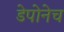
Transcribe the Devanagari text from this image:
डेपोनेच